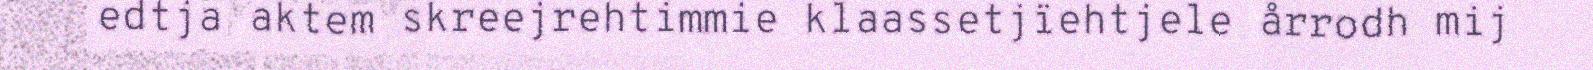
edtja aktem skreejrehtimmie klaassetjïehtjele årrodh mij